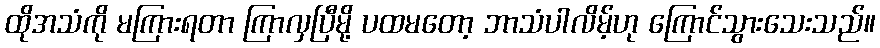
ထိုအသံကို မကြားရတာ ကြာလှပြီမို့ ပထမတော့ ဘာသံပါလိမ့်ဟု ကြောင်သွားသေးသည်။